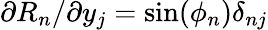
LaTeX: {\partial R_{n}}/{\partial y_{j}}=\sin(\phi_{n})\delta_{nj}